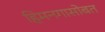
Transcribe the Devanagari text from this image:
हिमनगासोबत